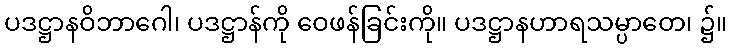
ပဒဋ္ဌာနဝိဘာဂေါ၊ ပဒဋ္ဌာန်ကို ဝေဖန်ခြင်းကို။ ပဒဋ္ဌာနဟာရသမ္ပာတေ၊ ၌။